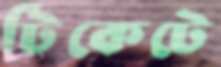
টিকেটে